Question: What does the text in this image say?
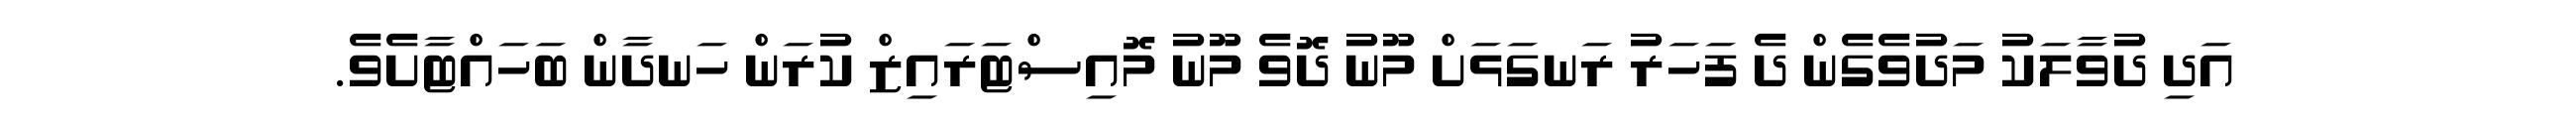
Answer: އަދި ދުވާލަކު މަދުވެގެން ދެ ފަހަރު ރަނގަޅަށް މޫނު ދޮވެ މޫނު މޮއިސްޓަރައިޒް ކުރަން ހަނދާން ބަހައްޓާށެވެ.